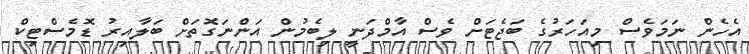
އެހެން ނަމަވެސް މިއަހަރުގެ ބަޖެޓަށް ވެސް އާމްދަނީ ލިބެމުން އަންނަގޮތަށް ބަލާއިރު ޑޮމެސްޓިކް